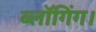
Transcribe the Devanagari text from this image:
ब्लॉगिंग।